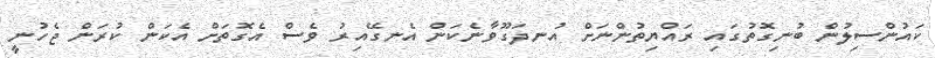
ކައުންސިލުން ބުނިގޮތުގައި ރައްޔިތުންނަށް އުނދަގޫވާނެކަން އެނގޭއިރު ވެސް އެގޮތަށް އެކަން ކުރަން ޖެހުނީ